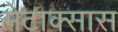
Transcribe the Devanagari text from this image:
मेटाक्सास